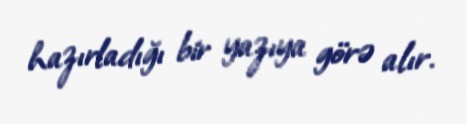
hazırladığı bir yazıya görə alır.